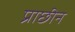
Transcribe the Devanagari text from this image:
प्राछीन